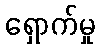
ရှောက်မှု